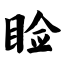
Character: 睑